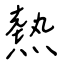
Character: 熱